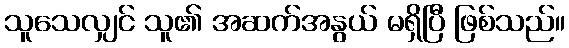
သူသေလျှင် သူ၏ အဆက်အနွယ် မရှိပြီ ဖြစ်သည်။